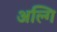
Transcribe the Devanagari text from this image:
अल्गि